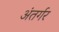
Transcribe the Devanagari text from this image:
अंतर्गर